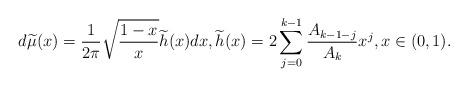
LaTeX: \begin{align*}d\widetilde\mu(x)=\frac{1}{2\pi}\sqrt{\frac{1-x}{x}}\widetilde h(x)dx,\widetilde h(x) = 2 \sum_{j=0}^{k-1} \frac{A_{k-1-j}}{A_k} x^j,x\in (0,1).\end{align*}